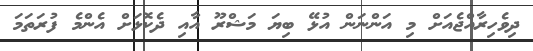
ދިވެހިރާއްޖެއަށް މި އަންނަން އުޅޭ ބިޔަ މަޝްރޫ އާއި ދެކޮޅަށް އެންމެ ފުރަތަމަ